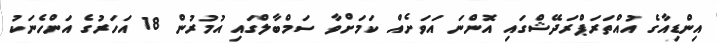
އިންޑިއާގެ އުއްތަރަޕްރަދޭޝްގައި އޮންނަ އަވަށެއް ކަމަށްވާ ސަމްބާލްގައި އުމުރުން 18 އަހަރުގެ އަންހެނަކު